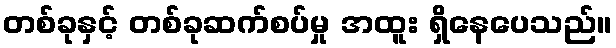
တစ်ခုနှင့် တစ်ခုဆက်စပ်မှု အထူး ရှိနေပေသည်။